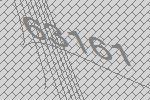
63161